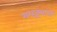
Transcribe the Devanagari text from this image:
मरहट्ट्यांनी